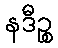
နဒီဉ္စ